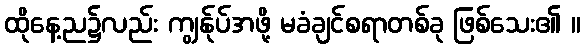
ထိုနေ့ည၌လည်း ကျွန်ုပ်အဖို့ မခံချင်စရာတစ်ခု ဖြစ်သေး၏ ။